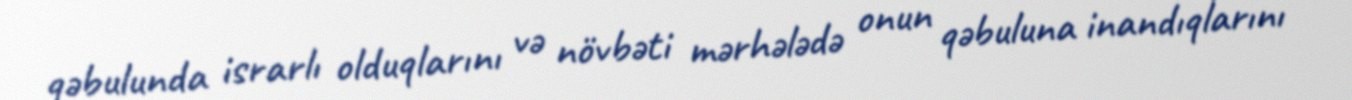
qəbulunda israrlı olduqlarını və növbəti mərhələdə onun qəbuluna inandıqlarını